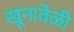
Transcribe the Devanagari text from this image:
खूनावेळी